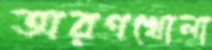
অরণখোলা